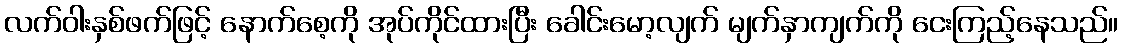
လက်ဝါးနှစ်ဖက်ဖြင့် နောက်စေ့ကို အုပ်ကိုင်ထားပြီး ခေါင်းမော့လျက် မျက်နှာကျက်ကို ငေးကြည့်နေသည်။